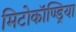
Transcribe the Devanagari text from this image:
मिटोकॉण्ड्रिया